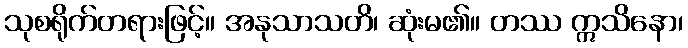
သုစရိုက်တရားဖြင့်။ အနုသာသတိ၊ ဆုံးမ၏။ တဿ ဣသိနော၊